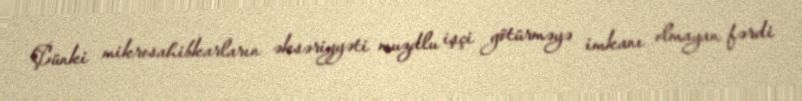
Çünki mikrosahibkarların əksəriyyəti muzdlu işçi götürməyə imkanı olmayan fərdi